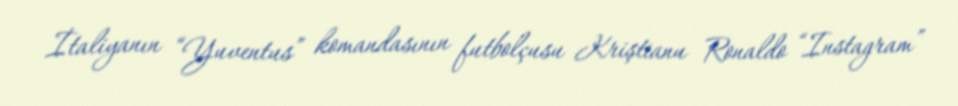
İtaliyanın “Yuventus” komandasının futbolçusu Kriştianu Ronaldo “Instagram”